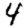
Digit: 4